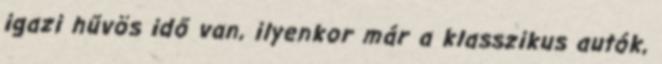
igazi hűvös idő van, ilyenkor már a klasszikus autók,